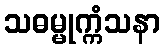
သဓမ္မုက္ကံသနာ